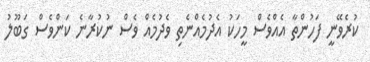
ކުރެވޭނީ ފަހުންތާ އެއްވެސް މީހަކު އެދުމެއްނެތި ވެދުމެއް ވެސް ނުކުރާނެ ކަންވެސް ގަބޫލު